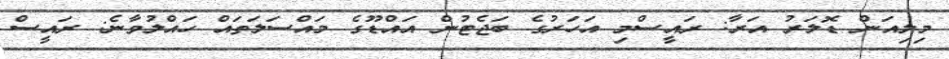
މިލިއަން ޑޮލަރު އަރާ: ރައީސްމި އަހަރުގެ ބަޖެޓުން އައްޑޫގެ މައްސަލަތައް ހައްލުވާނެ: ރައީސް